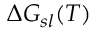
\Delta G _ { s l } ( T )